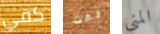
كفي لفت المني